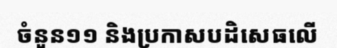
ចំនួន១១ និងប្រកាសបដិសេធលើ